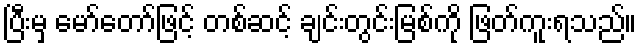
ပြီးမှ မော်တော်ဖြင့် တစ်ဆင့် ချင်းတွင်းမြစ်ကို ဖြတ်ကူးရသည်။